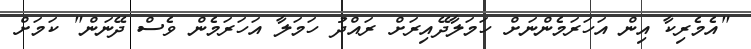
"އެމެރިކާ އިން އަހަރަމެންނަށް ހަމަލާދޭއިރަށް ރައްދު ހަމަލާ އަހަރަމެން ވެސް ދޭނަން" ކަމަށް